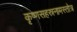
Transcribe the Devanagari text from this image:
कृष्णसहस्रनामस्तोत्र